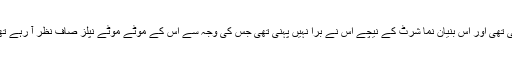
لیکن تنگ سی بینان نما شرٹ پہنی ہوئی تھی اور اس بنیان نما شرٹ کے نیچے اس نے برا نہیں پہنی تھی جس کی وجہ سے اس کے موٹے موٹے نپلز صاف نظر آ رہے تھے وہ چلتی ہوئی کاؤنٹر کی طرف آئی۔